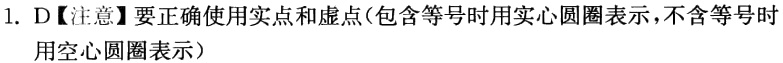
1. D【注意】要正确使用实点和虚点(包含等号时用实心圆圈表示,不含等号时用空心圆圈表示）